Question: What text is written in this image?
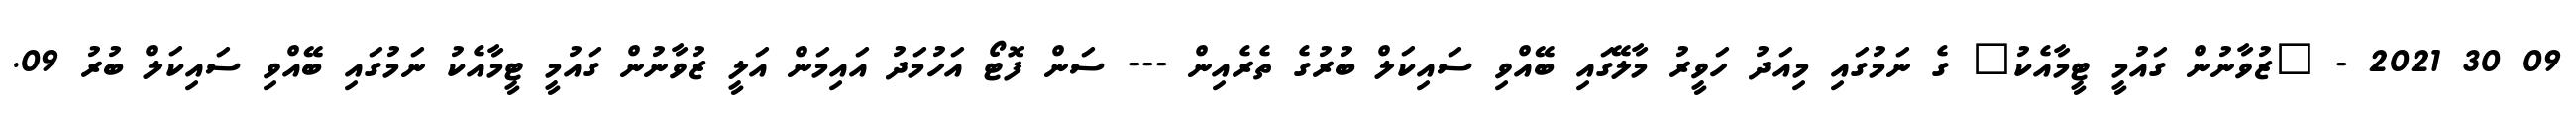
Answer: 09 30 2021 - "ޒުވާނުން ގައުމީ ޓީމާއެކު" ގެ ނަމުގައި މިއަދު ހަވީރު މާލޭގައި ބޭއްވި ސައިކަލް ބުރުގެ ތެރެއިން --- ސަން ފޮޓޯ އަހުމަދު އައިމަން އަލީ ޒުވާނުން ގައުމީ ޓީމާއެކު ނަމުގައި ބޭއްވި ސައިކަލް ބުރު 09.